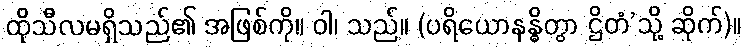
ထိုသီလမရှိသည်၏ အဖြစ်ကို။ ဝါ၊ သည်။ (ပရိယောနန္ဓိတွာ ဌိတံ’သို့ ဆိုက်)။